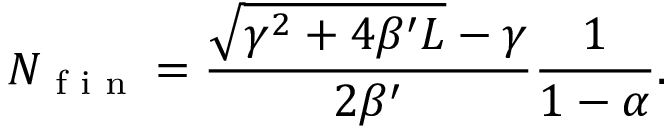
N _ { \textnormal { f i n } } = \frac { \sqrt { \gamma ^ { 2 } + 4 \beta ^ { \prime } L } - \gamma } { 2 \beta ^ { \prime } } \frac { 1 } { 1 - \alpha } .